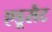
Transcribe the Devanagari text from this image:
एडूसैट